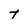
Character: T